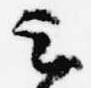
云